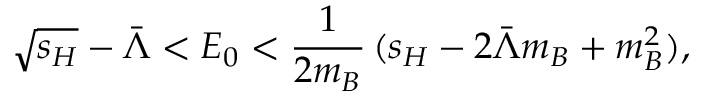
\sqrt { s _ { H } } - \bar { \Lambda } < E _ { 0 } < { \frac { 1 } { 2 m _ { B } } } \, ( s _ { H } - 2 \bar { \Lambda } m _ { B } + m _ { B } ^ { 2 } ) ,